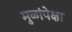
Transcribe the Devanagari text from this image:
मुळांपेक्षा